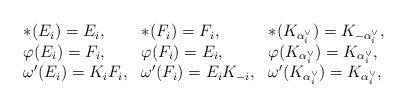
LaTeX: \begin{align*}\begin{array}{lll}\ast(E_i)=E_i,& \ast(F_i)=F_i, & \ast(K_{\alpha_i^{\vee}})=K_{-\alpha_i^{\vee}},\\\varphi(E_i)=F_i,& \varphi(F_i)=E_i, & \varphi(K_{\alpha_i^{\vee}})=K_{\alpha_i^{\vee}},\\\omega'(E_i)=K_iF_i,& \omega'(F_i)=E_iK_{-i}, & \omega'(K_{\alpha_i^{\vee}})=K_{\alpha_i^{\vee}},\end{array}\end{align*}